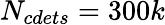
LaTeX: N_{cdets}=300k